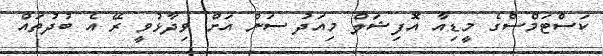
ކަސްޓަމްސްގެ މީޑިއާ އޮފިޝަލް މިއަދު ސަން އަށް ވިދާޅުވީ ރޭ އެ ބުދުތައް